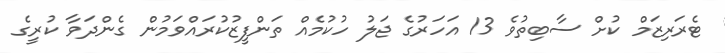
ޓެރަރިޒަމް ކުށް ސާބިތުވެ 13 އަހަރުގެ ޖަލު ހުކުމެއް ތަންފީޒުކުރައްވަމުން ގެންދަވާ ކުރީގެ